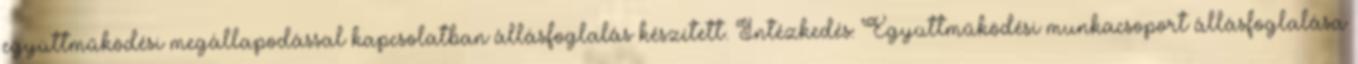
együttműködési megállapodással kapcsolatban állásfoglalás készített. Intézkedés: Együttműködési munkacsoport állásfoglalása